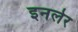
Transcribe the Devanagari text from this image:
इनलेर